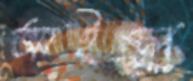
আইছো